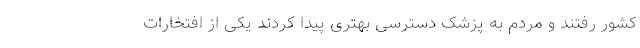
کشور رفتند و مردم به پزشک دسترسی بهتری پیدا کردند یکی از افتخارات